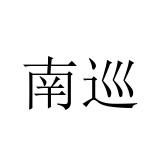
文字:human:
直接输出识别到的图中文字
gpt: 南巡